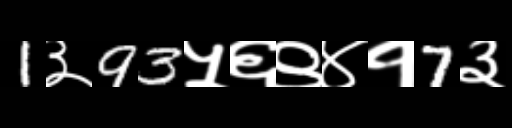
Text: 1३93५६९४१7३